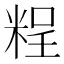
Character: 𥺆